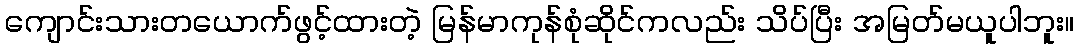
ကျောင်းသားတယောက်ဖွင့်ထားတဲ့ မြန်မာကုန်စုံဆိုင်ကလည်း သိပ်ပြီး အမြတ်မယူပါဘူး။